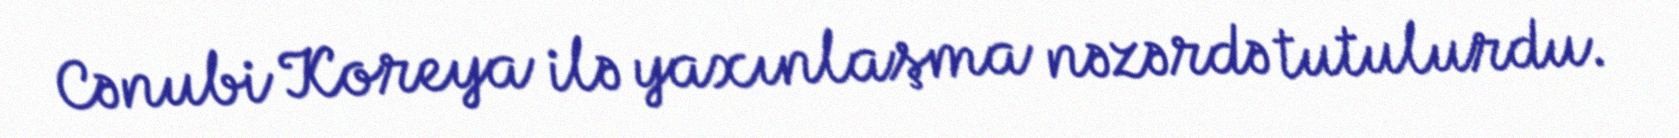
Cənubi Koreya ilə yaxınlaşma nəzərdə tutulurdu.